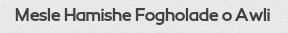
Mesle Hamishe Fogholade o Awli